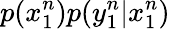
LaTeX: p(x_{1}^{n})p(y_{1}^{n}|x_{1}^{n})